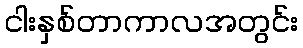
ငါးနှစ်တာကာလအတွင်း